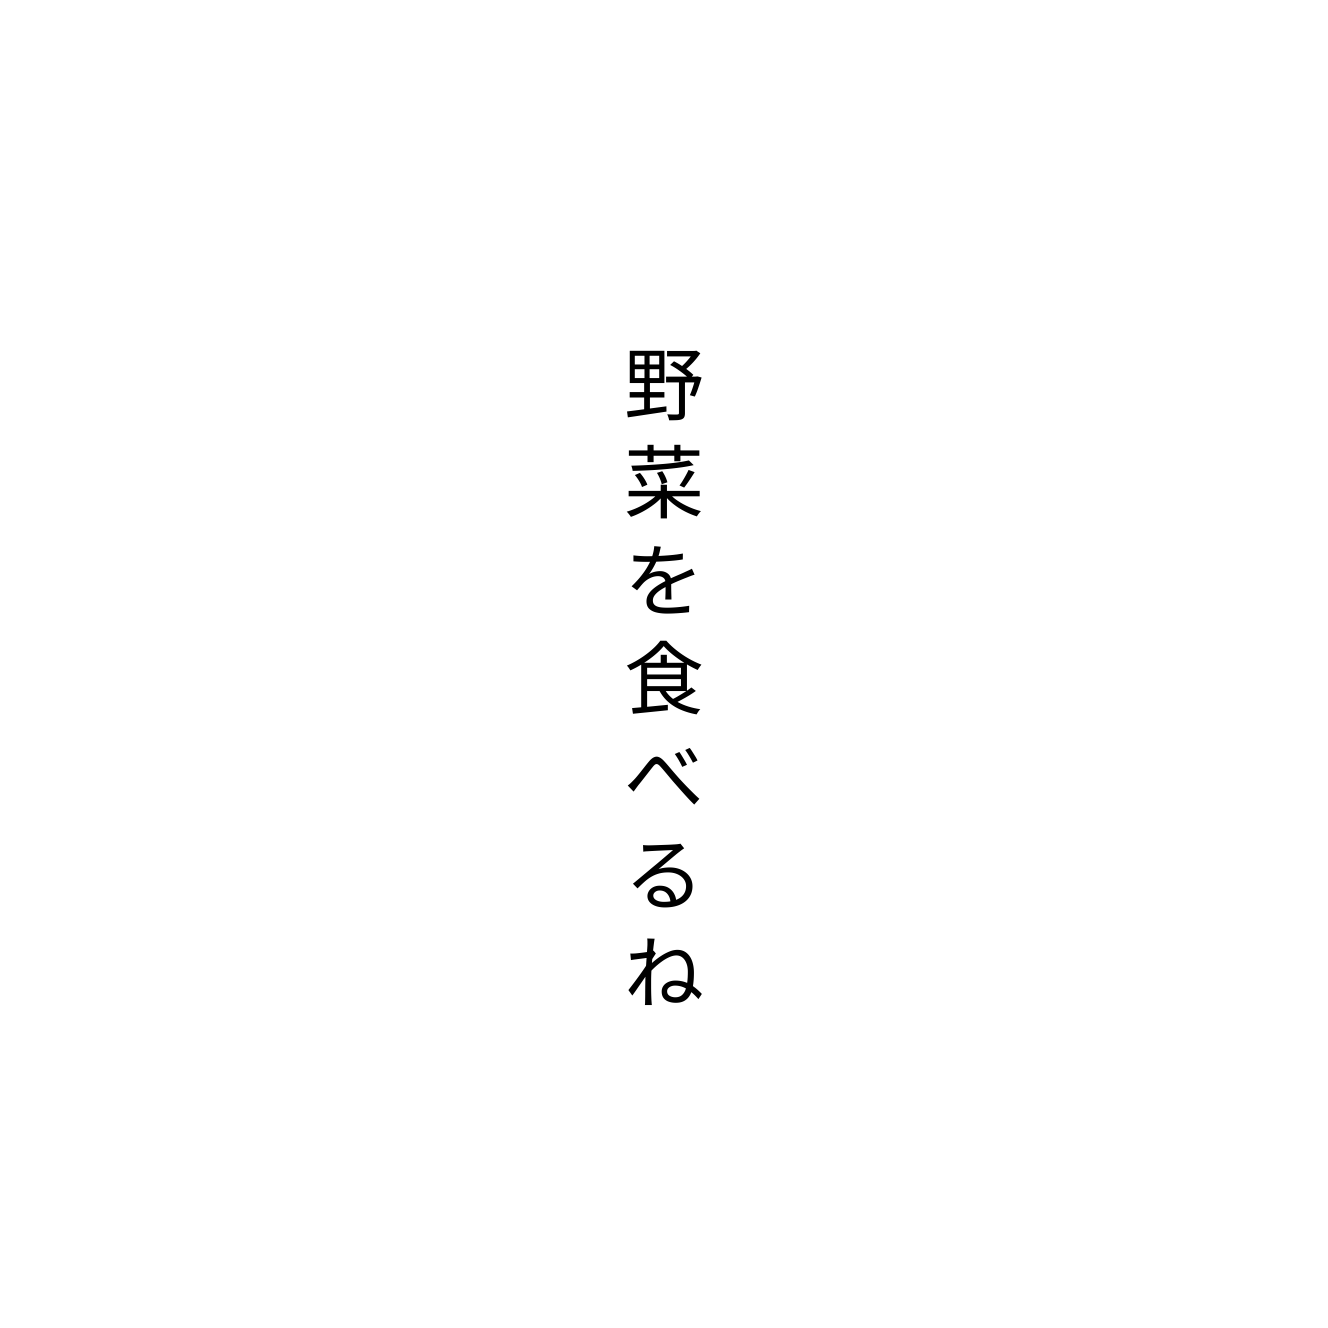
野菜を食べるね